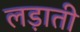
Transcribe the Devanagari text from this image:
लड़ाती